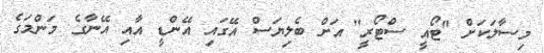
މިސާލަކަށް "ޓޯއީ ސްޓޯރީ" އަށް ބެލިޔަސް އޭގައި އޭންޑީ އާއި އޭނާގެ މަންމަގެ